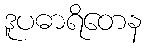
ဒူပဓာရိတေန